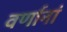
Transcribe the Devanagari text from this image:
वर्णानां